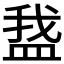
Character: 𬐡